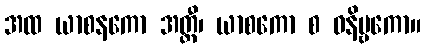
အထ ယာစနကော အတ္ထီ၊ ယာစကော စ ဝနိဗ္ဗကော။